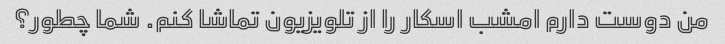
من دوست دارم امشب اسکار را از تلویزیون تماشا کنم. شما چطور؟